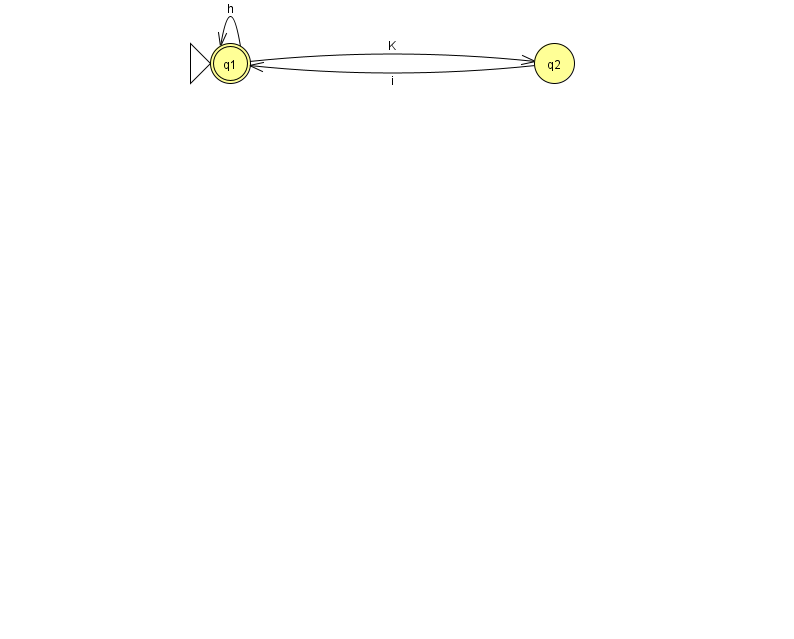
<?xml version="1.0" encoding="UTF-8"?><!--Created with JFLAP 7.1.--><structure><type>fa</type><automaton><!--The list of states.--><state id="1" name="q1"><x>230.0</x><y>50.0</y><initial/><final/></state><state id="2" name="q2"><x>554.0</x><y>50.0</y></state><!--The list of transitions.--><transition><from>2</from><to>1</to><read>i</read></transition><transition><from>1</from><to>2</to><read>K</read></transition><transition><from>1</from><to>1</to><read>h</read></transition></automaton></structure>